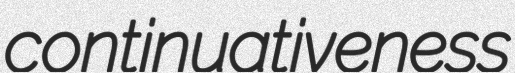
continuativeness